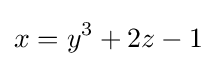
x=y^{3}+2z-1